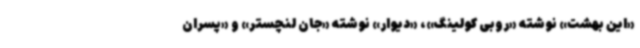
«این بهشت» نوشته «روبی کولینگ»، «دیوار» نوشته «جان لنچستر» و «پسران